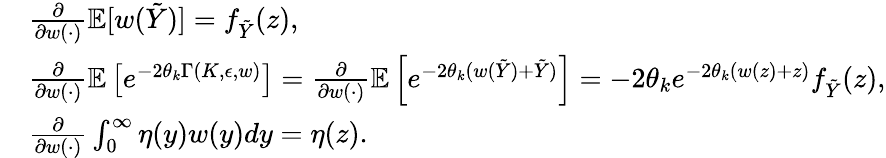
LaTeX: \begin{array}{rl}&{\frac{\partial}{\partial w(\cdot)}{\mathbb{E}}[w(\tilde{Y})]=f_{\tilde{Y}}(z),}\\ &{\frac{\partial}{\partial w(\cdot)}{\mathbb{E}}\left[e^{-2\theta_{k}\Gamma(K,\epsilon,w)}\right]=\frac{\partial}{\partial w(\cdot)}{\mathbb{E}}\left[e^{-2\theta_{k}(w(\tilde{Y})+\tilde{Y})}\right]=-2\theta_{k}e^{-2\theta_{k}(w(z)+z)}f_{\tilde{Y}}(z),}\\ &{\frac{\partial}{\partial w(\cdot)}\int_{0}^{\infty}\eta(y)w(y)dy=\eta(z).}\end{array}